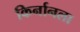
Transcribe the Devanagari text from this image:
किर्नानला